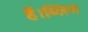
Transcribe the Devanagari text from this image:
हैं।ब्लिस